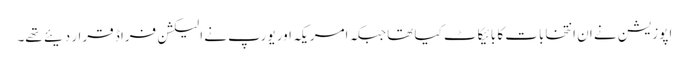
اپوزیشن نے ان انتخابات کا بائیکاٹ کیا تھا جبکہ امریکہ اور یورپ نے الیکشن فراڈ قرار دیئے تھے۔